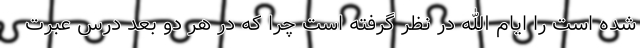
شده است را ایام الله در نظر گرفته است چرا که در هر دو بعد درس عبرت